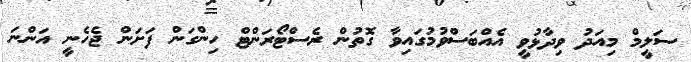
ސަލީމް މިއަދު ވިދާޅުވީ އެއްބަސްވުމުގައިވާ ގޮތުން ރެސްޓޯރަންޓް ހިންގަން ފަށަން ޖެހެނީ އަންނަ